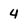
Character: 4